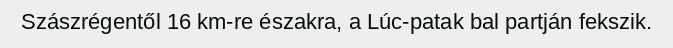
Szászrégentől 16 km-re északra, a Lúc-patak bal partján fekszik.